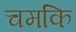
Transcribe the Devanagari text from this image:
चमकि